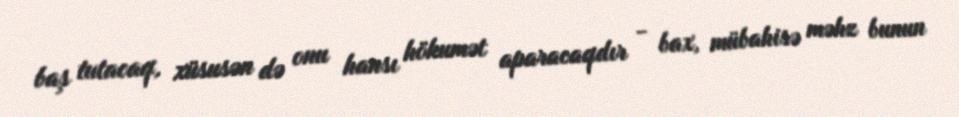
baş tutacaq, xüsusən də onu hansı hökumət aparacaqdır - bax, mübahisə məhz bunun